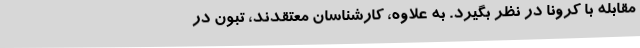
مقابله با کرونا در نظر بگیرد. به علاوه، کارشناسان معتقدند، تبون در